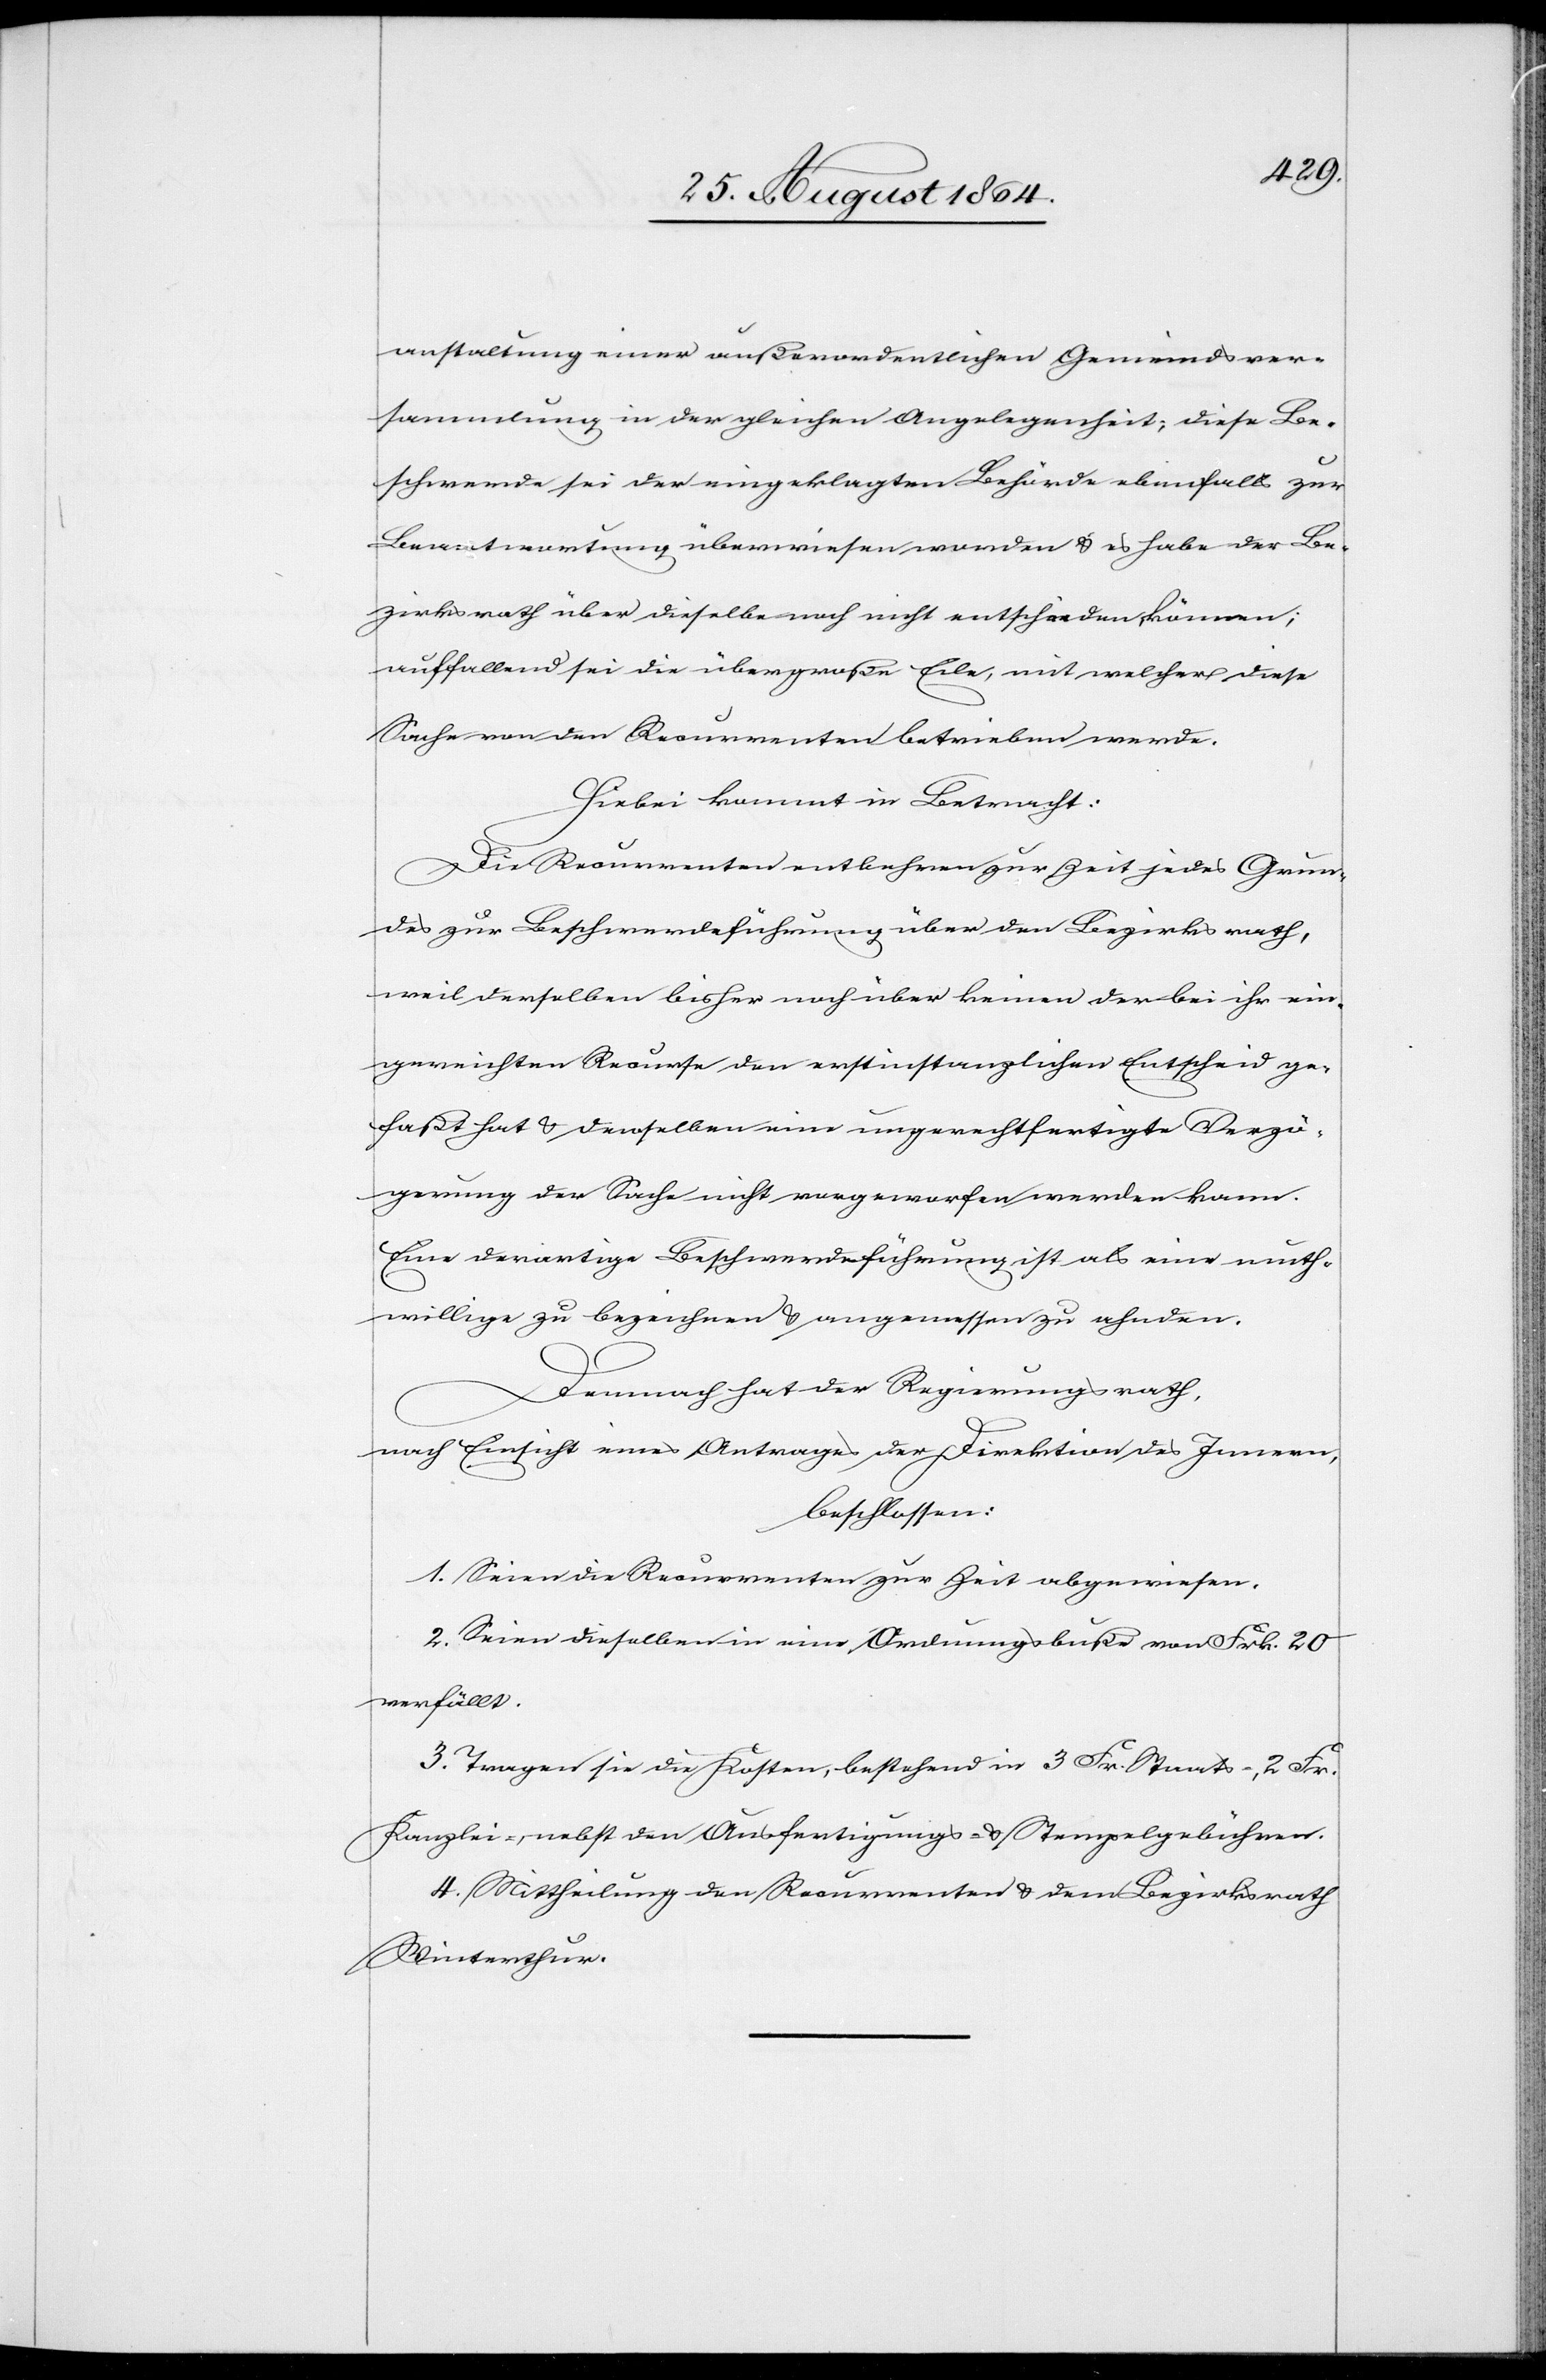
anstaltung einer außerordentlichen Gemeindsver¬
sammlung in der gleichen Angelegenheit; diese Be¬
schwerde sei der eingeklagten Behörde ebenfalls zur
Beantwortung überwiesen worden & es habe der Be¬
zirksrath über dieselbe noch nicht entscheiden können;
auffallend sei die übergroße Eile, mit welcher diese
Sache von den Recurrenten betrieben werde.
Hiebei kommt in Betracht:
Die Recurrenten entbehren zur Zeit jedes Grun¬
des zur Beschwerdeführung über den Bezirksrath,
weil derselben [sic!] bisher noch über keinen der bei ihr [sic!]
eingereichten Recurse den erstinstanzlichen Entscheid ge¬
faßt hat & denselben [sic!] eine ungerechtfertigte Verzö¬
gerung der Sache nicht vorgeworfen werden kann.
Eine derartige Beschwerdeführung ist als eine muth¬
willige zu bezeichnen & angemessen zu ahnden.
Demnach hat der Regierungsrath,
nach Einsicht eines Antrages der Direktion des Innern,
beschlossen:
1. Seien die Recurrenten zur Zeit abgewiesen.
2. Seien dieselben in eine Ordnungsbuße von Frk. 20
verfällt.
3. Tragen sie die Kosten, bestehend in 3 Fr. Staats-, 2 Frk.
Kanzlei-, nebst den Ausfertigungs- & Stempelgebühren.
4. Mittheilung den Recurrenten & dem Bezirksrath
Winterthur.